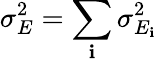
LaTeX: \sigma_{E}^{2}=\sum_{\mathbf{i}}\sigma_{E_{\mathbf{i}}}^{2}